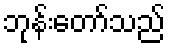
ဘုန်းတော်သည်